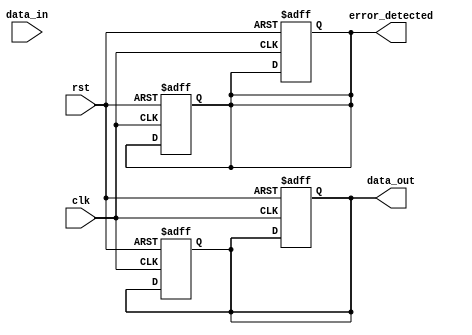
module io_buffer (
    input clk,
    input rst,
    input data_in,
    output reg data_out,
    output reg error_detected
);

// Input logic
always @(posedge clk or posedge rst) begin
    if (rst) begin
        data_out <= 1'b0;
        error_detected <= 1'b0;
    end else begin
        // Add input logic here
    end
end

// Output logic
always @(posedge clk or posedge rst) begin
    if (rst) begin
        data_out <= 1'b0;
        error_detected <= 1'b0;
    end else begin
        // Add output logic here
    end
end

endmodule